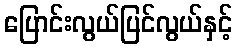
ပြောင်းလွယ်ပြင်လွယ်နှင့်